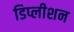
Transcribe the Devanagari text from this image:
डिप्लीशन